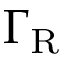
{ \Gamma } _ { \mathrm { R } }